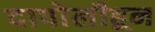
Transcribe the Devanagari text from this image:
दापोलीहून